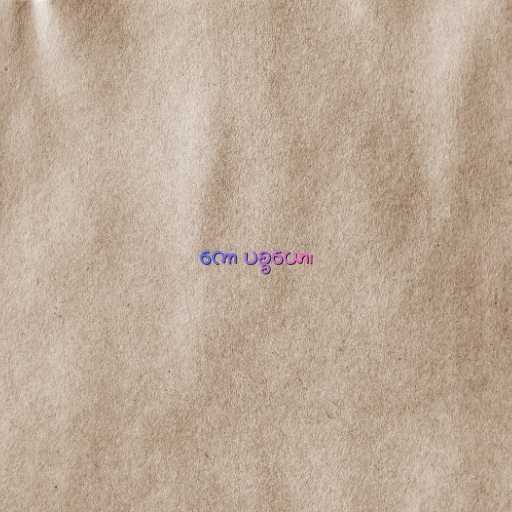
ကော ပစ္စယော၊